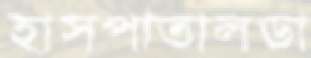
হাসপাতালডা